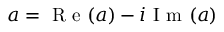
a = \mathrm { ~ R ~ e ~ } ( a ) - i \mathrm { ~ I ~ m ~ } ( a )